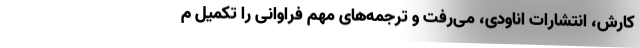
کارش، انتشارات اِناودی، می‌رفت و ترجمه‌های مهم فراوانی را تکمیل م